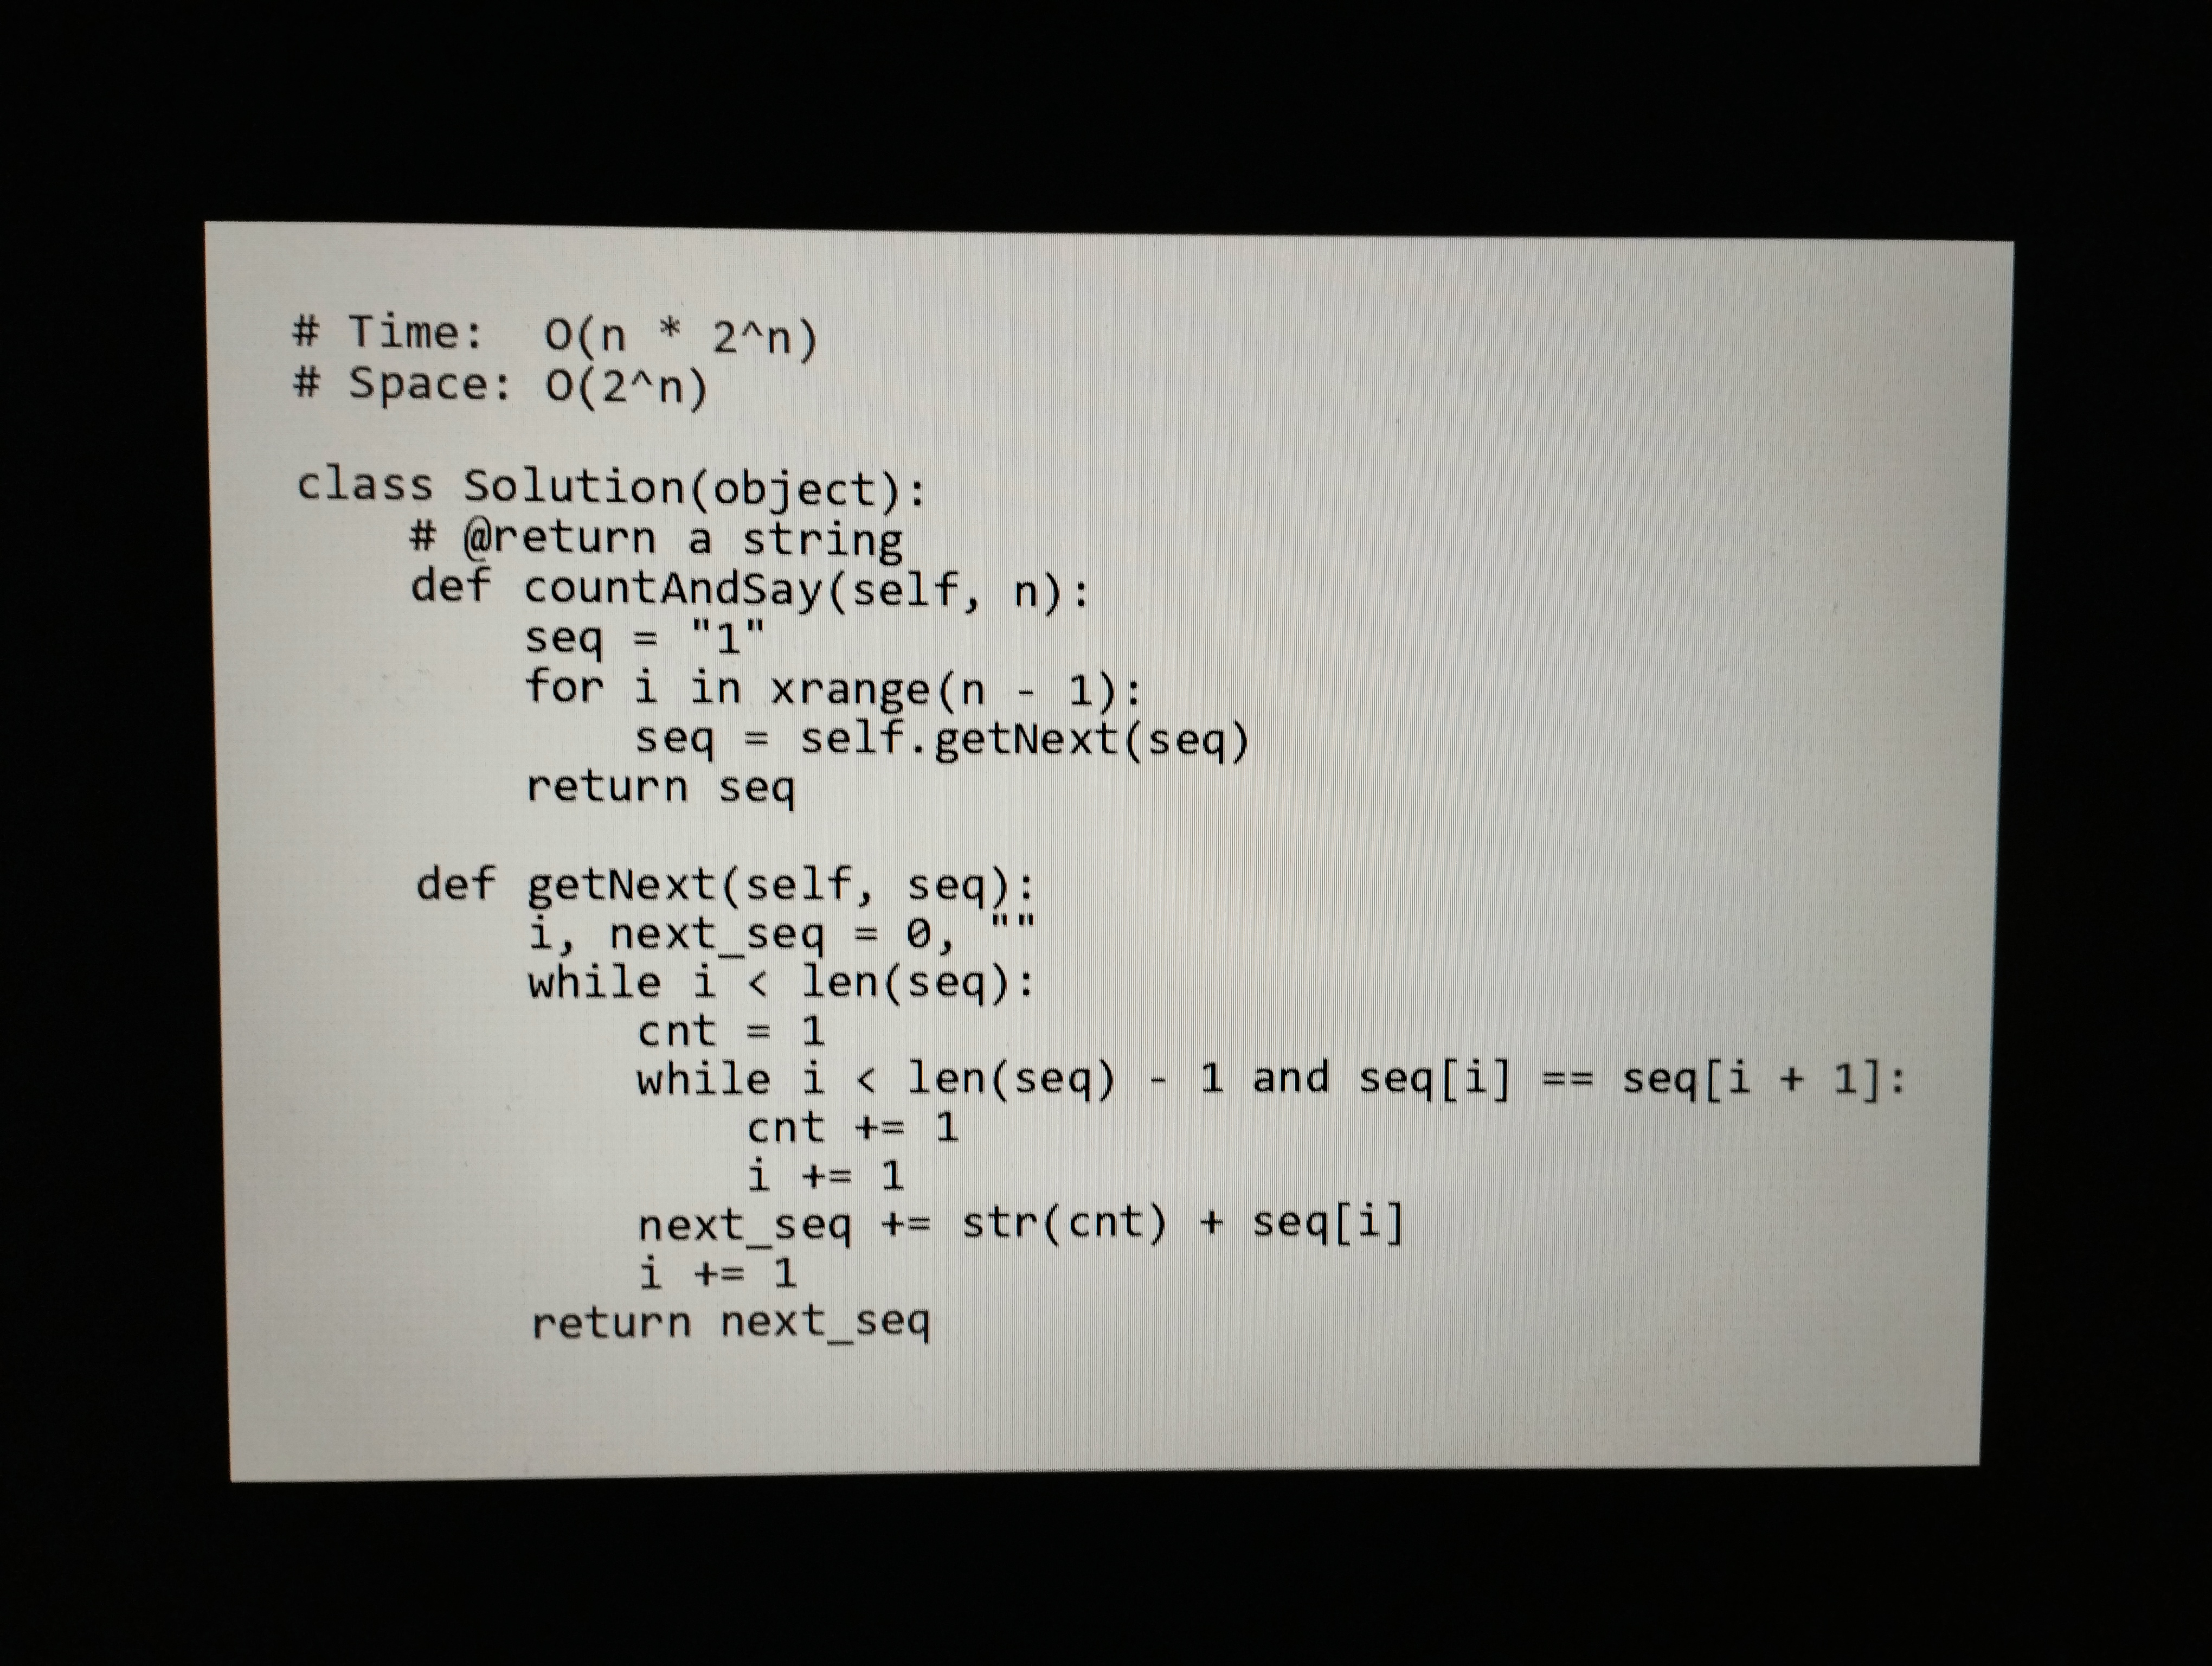
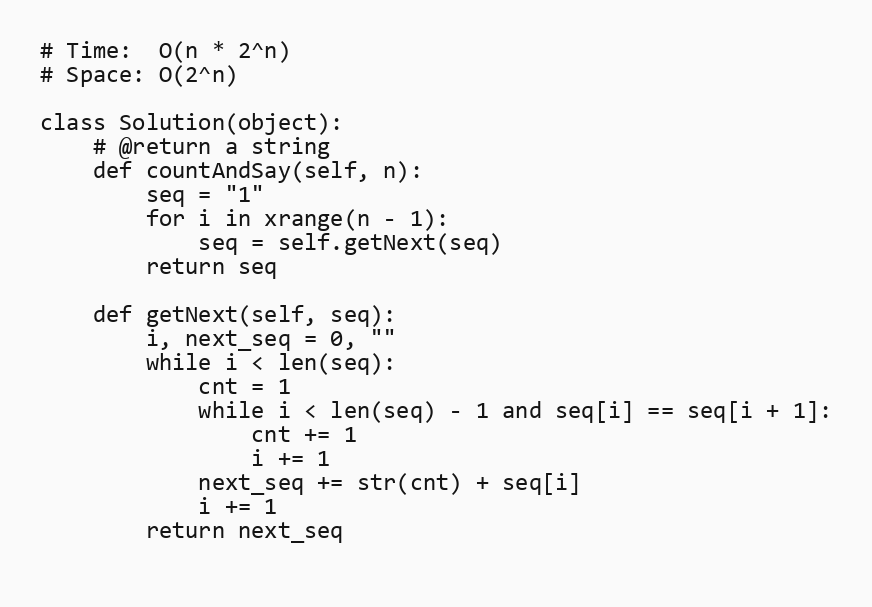
# Time:  O(n * 2^n)
# Space: O(2^n)

class Solution(object):
    # @return a string
    def countAndSay(self, n):
        seq = "1"
        for i in xrange(n - 1):
            seq = self.getNext(seq)
        return seq

    def getNext(self, seq):
        i, next_seq = 0, ""
        while i < len(seq):
            cnt = 1
            while i < len(seq) - 1 and seq[i] == seq[i + 1]:
                cnt += 1
                i += 1
            next_seq += str(cnt) + seq[i]
            i += 1
        return next_seq